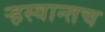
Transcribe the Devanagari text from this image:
ऱ्हस्वान्तच